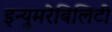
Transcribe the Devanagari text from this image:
इन्युमरेबिलिटी